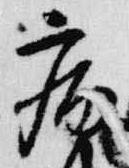
病